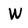
Character: W